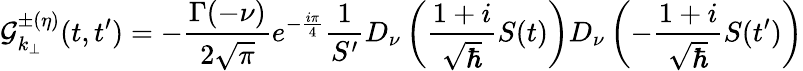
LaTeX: {\cal{G}}_{k_{\perp}}^{\pm(\eta)}(t,t^{\prime})=-{\frac{\Gamma(-\nu)}{2\sqrt{\pi}}}e^{-{\frac{i\pi}{4}}}{\frac{1}{S^{\prime}}}D_{\nu}\left({\frac{1+i}{\sqrt{\hbar}}}S(t)\right)D_{\nu}\left(-{\frac{1+i}{\sqrt{\hbar}}}S(t^{\prime})\right)